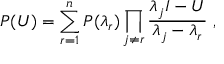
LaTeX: P ( U ) = \sum _ { r = 1 } ^ { n } P ( \lambda _ { r } ) \prod _ { j \not = r } { \frac { \lambda _ { j } I - U } { \lambda _ { j } - \lambda _ { r } } } \ ,